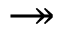
\twoheadrightarrow